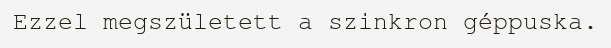
Ezzel megszületett a szinkron géppuska.